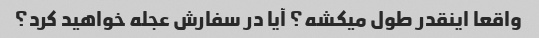
واقعا اینقدر طول میکشه؟ آیا در سفارش عجله خواهید کرد؟